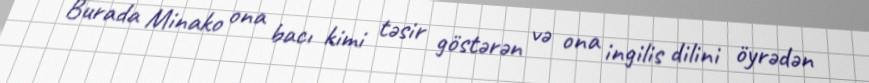
Burada Minako ona bacı kimi təsir göstərən və ona ingilis dilini öyrədən